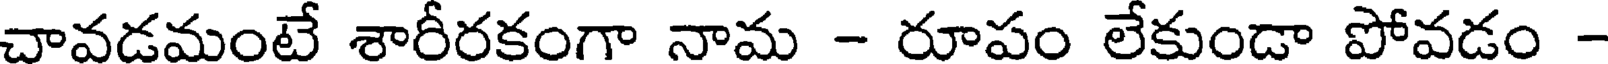
చావడమంటే శారీరకంగా నామ - రూపం లేకుండా పోవడం -